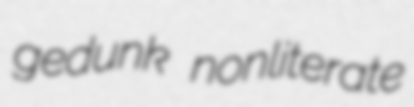
gedunk nonliterate